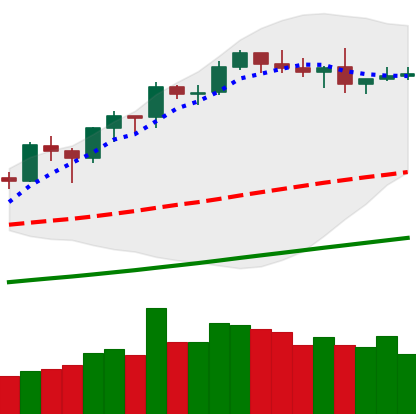
Ticker: BNB-USD
Chart end date: 2019-06-02
Forward return: -4.783%
Label: down_3_5